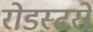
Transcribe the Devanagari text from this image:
रोडस्टरों